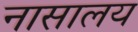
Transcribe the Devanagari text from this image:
नासालय